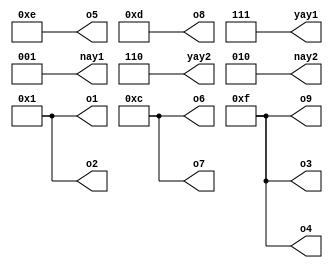
module ref(o1, o2, o3, o4, o5, o6, o7, o8, o9, yay1, nay1, yay2, nay2);
	output wire [3:0] o1, o2, o3, o4, o5, o6, o7, o8, o9;
	assign o1 = 4'b0001;
	assign o2 = 4'b0001;
	assign o3 = 4'b1111;
	assign o4 = 4'b1111;
	assign o5 = 4'b1110;
	assign o6 = 4'b1100;
	assign o7 = 4'b1100;
	assign o8 = 4'b1101;
	assign o9 = 4'b1111;
	output wire [2:0] yay1, nay1;
	assign yay1 = 3'b111;
	assign nay1 = 3'b001;
	output wire [2:0] yay2, nay2;
	assign yay2 = 3'b110;
	assign nay2 = 3'b010;
endmodule